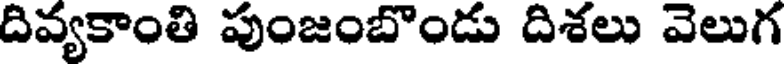
దివ్యకాంతి పుంజంబొండు దిశలు వెలుగ